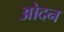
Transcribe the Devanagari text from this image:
ओदन